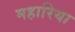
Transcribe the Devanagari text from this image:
महारिया